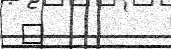
٩